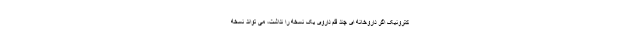
کترونیک اگر داروخانه ای چند قلم داروی یک نسخه را نداشت، می تواند نسخه